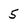
Character: 5